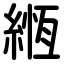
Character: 緪